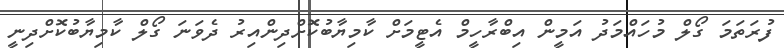
ފުރަތަމަ ގޯލް މުހައްމަދު އަމީން އިބްރާހީމް އެޓީމަށް ކާމިޔާބުކޮށްދިންއިރު ދެވަނަ ގޯލް ކާމިޔާބުކޮށްދިނީ